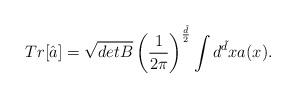
LaTeX: \begin{align*}Tr[\hat{a}] =\sqrt{detB} \left(\frac{1}{2\pi} \right)^{\frac{\tilde{d}}{2}}\int d^{\tilde{d}}x a(x) .\end{align*}